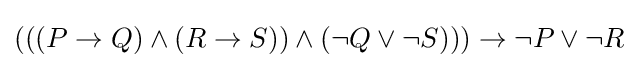
(((P\to Q)\land (R\to S))\land (\neg Q\lor \neg S)))\to \neg P\lor \neg R